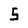
Character: 5